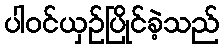
ပါဝင်ယှဉ်ပြိုင်ခဲ့သည်